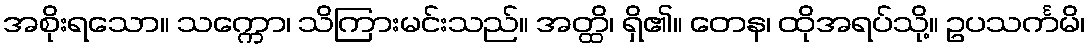
အစိုးရသော။ သက္ကော၊ သိကြားမင်းသည်။ အတ္ထိ၊ ရှိ၏။ တေန၊ ထိုအရပ်သို့။ ဥပသင်္ကမိ၊